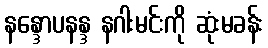
နန္ဒောပနန္ဒ နဂါးမင်းကို ဆုံးမခန်း